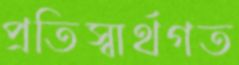
প্রতিস্বার্থগত